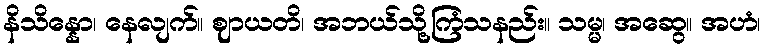
နိသိန္နော၊ နေလျက်။ ဈာယတိ၊ အဘယ်သို့ကြံသနည်း။ သမ္မ၊ အဆွေ။ အဟံ၊